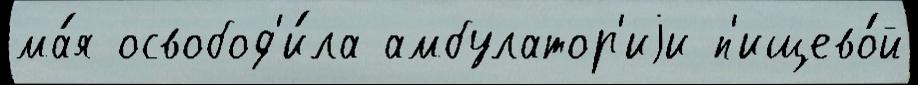
ма́я освобод'и́ла амбулатор'иjи п'ищево́й